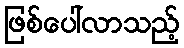
ဖြစ်ပေါ်လာသည့်